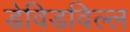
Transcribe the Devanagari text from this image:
डेविडविल्ल